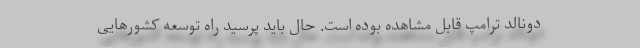
دونالد ترامپ قابل مشاهده بوده است. حال باید پرسید راه توسعه کشورهایی